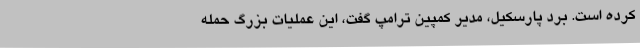
کرده است. برد پارسکیل، مدیر کمپین ترامپ گفت، این عملیات بزرگ حمله